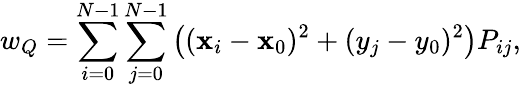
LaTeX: w_{Q}=\sum_{i=0}^{N-1}\sum_{j=0}^{N-1}\left((\mathbf{x}_{i}-\mathbf{x}_{0})^{2}+(y_{j}-y_{0})^{2}\right)P_{ij},